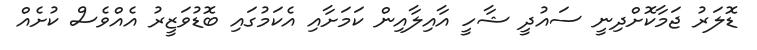
ޑޮލަރު ޖަމާކޮށްދިނީ ސައުދީ ޝާހީ އާއިލާއިން ކަމަށާއި އެކަމުގައި ބޮޑުވަޒީރު އެއްވެސް ކުށެއް